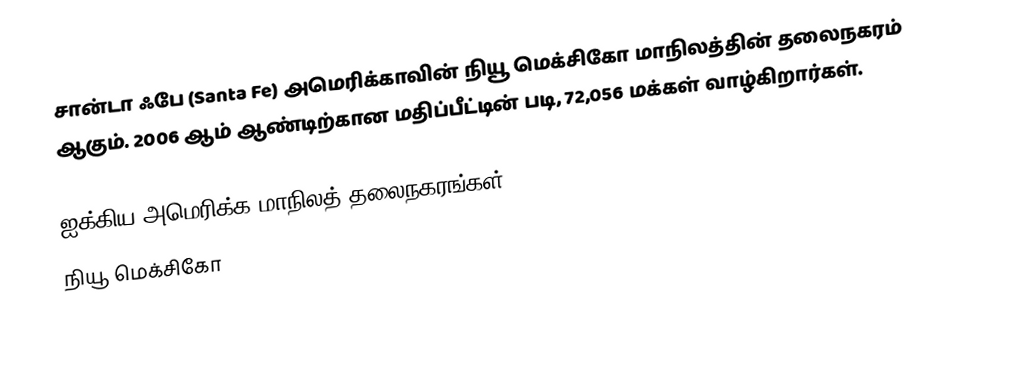
சான்டா ஃபே (Santa Fe) அமெரிக்காவின் நியூ மெக்சிகோ மாநிலத்தின் தலைநகரம் ஆகும். 2006 ஆம் ஆண்டிற்கான மதிப்பீட்டின் படி, 72,056 மக்கள் வாழ்கிறார்கள்.

ஐக்கிய அமெரிக்க மாநிலத் தலைநகரங்கள்
நியூ மெக்சிகோ